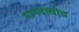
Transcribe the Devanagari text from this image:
मानवाचीच